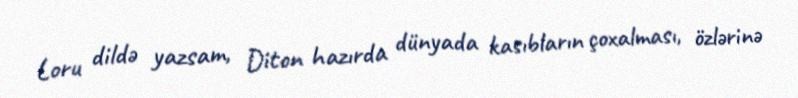
Loru dildə yazsam, Diton hazırda dünyada kasıbların çoxalması, özlərinə